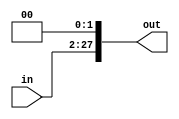
`timescale 1ns/1ps
module SHL2_26 (
    input [25:0] in,
    output [27:0] out
);
    assign out = {{in}, {2'b00}};
endmodule